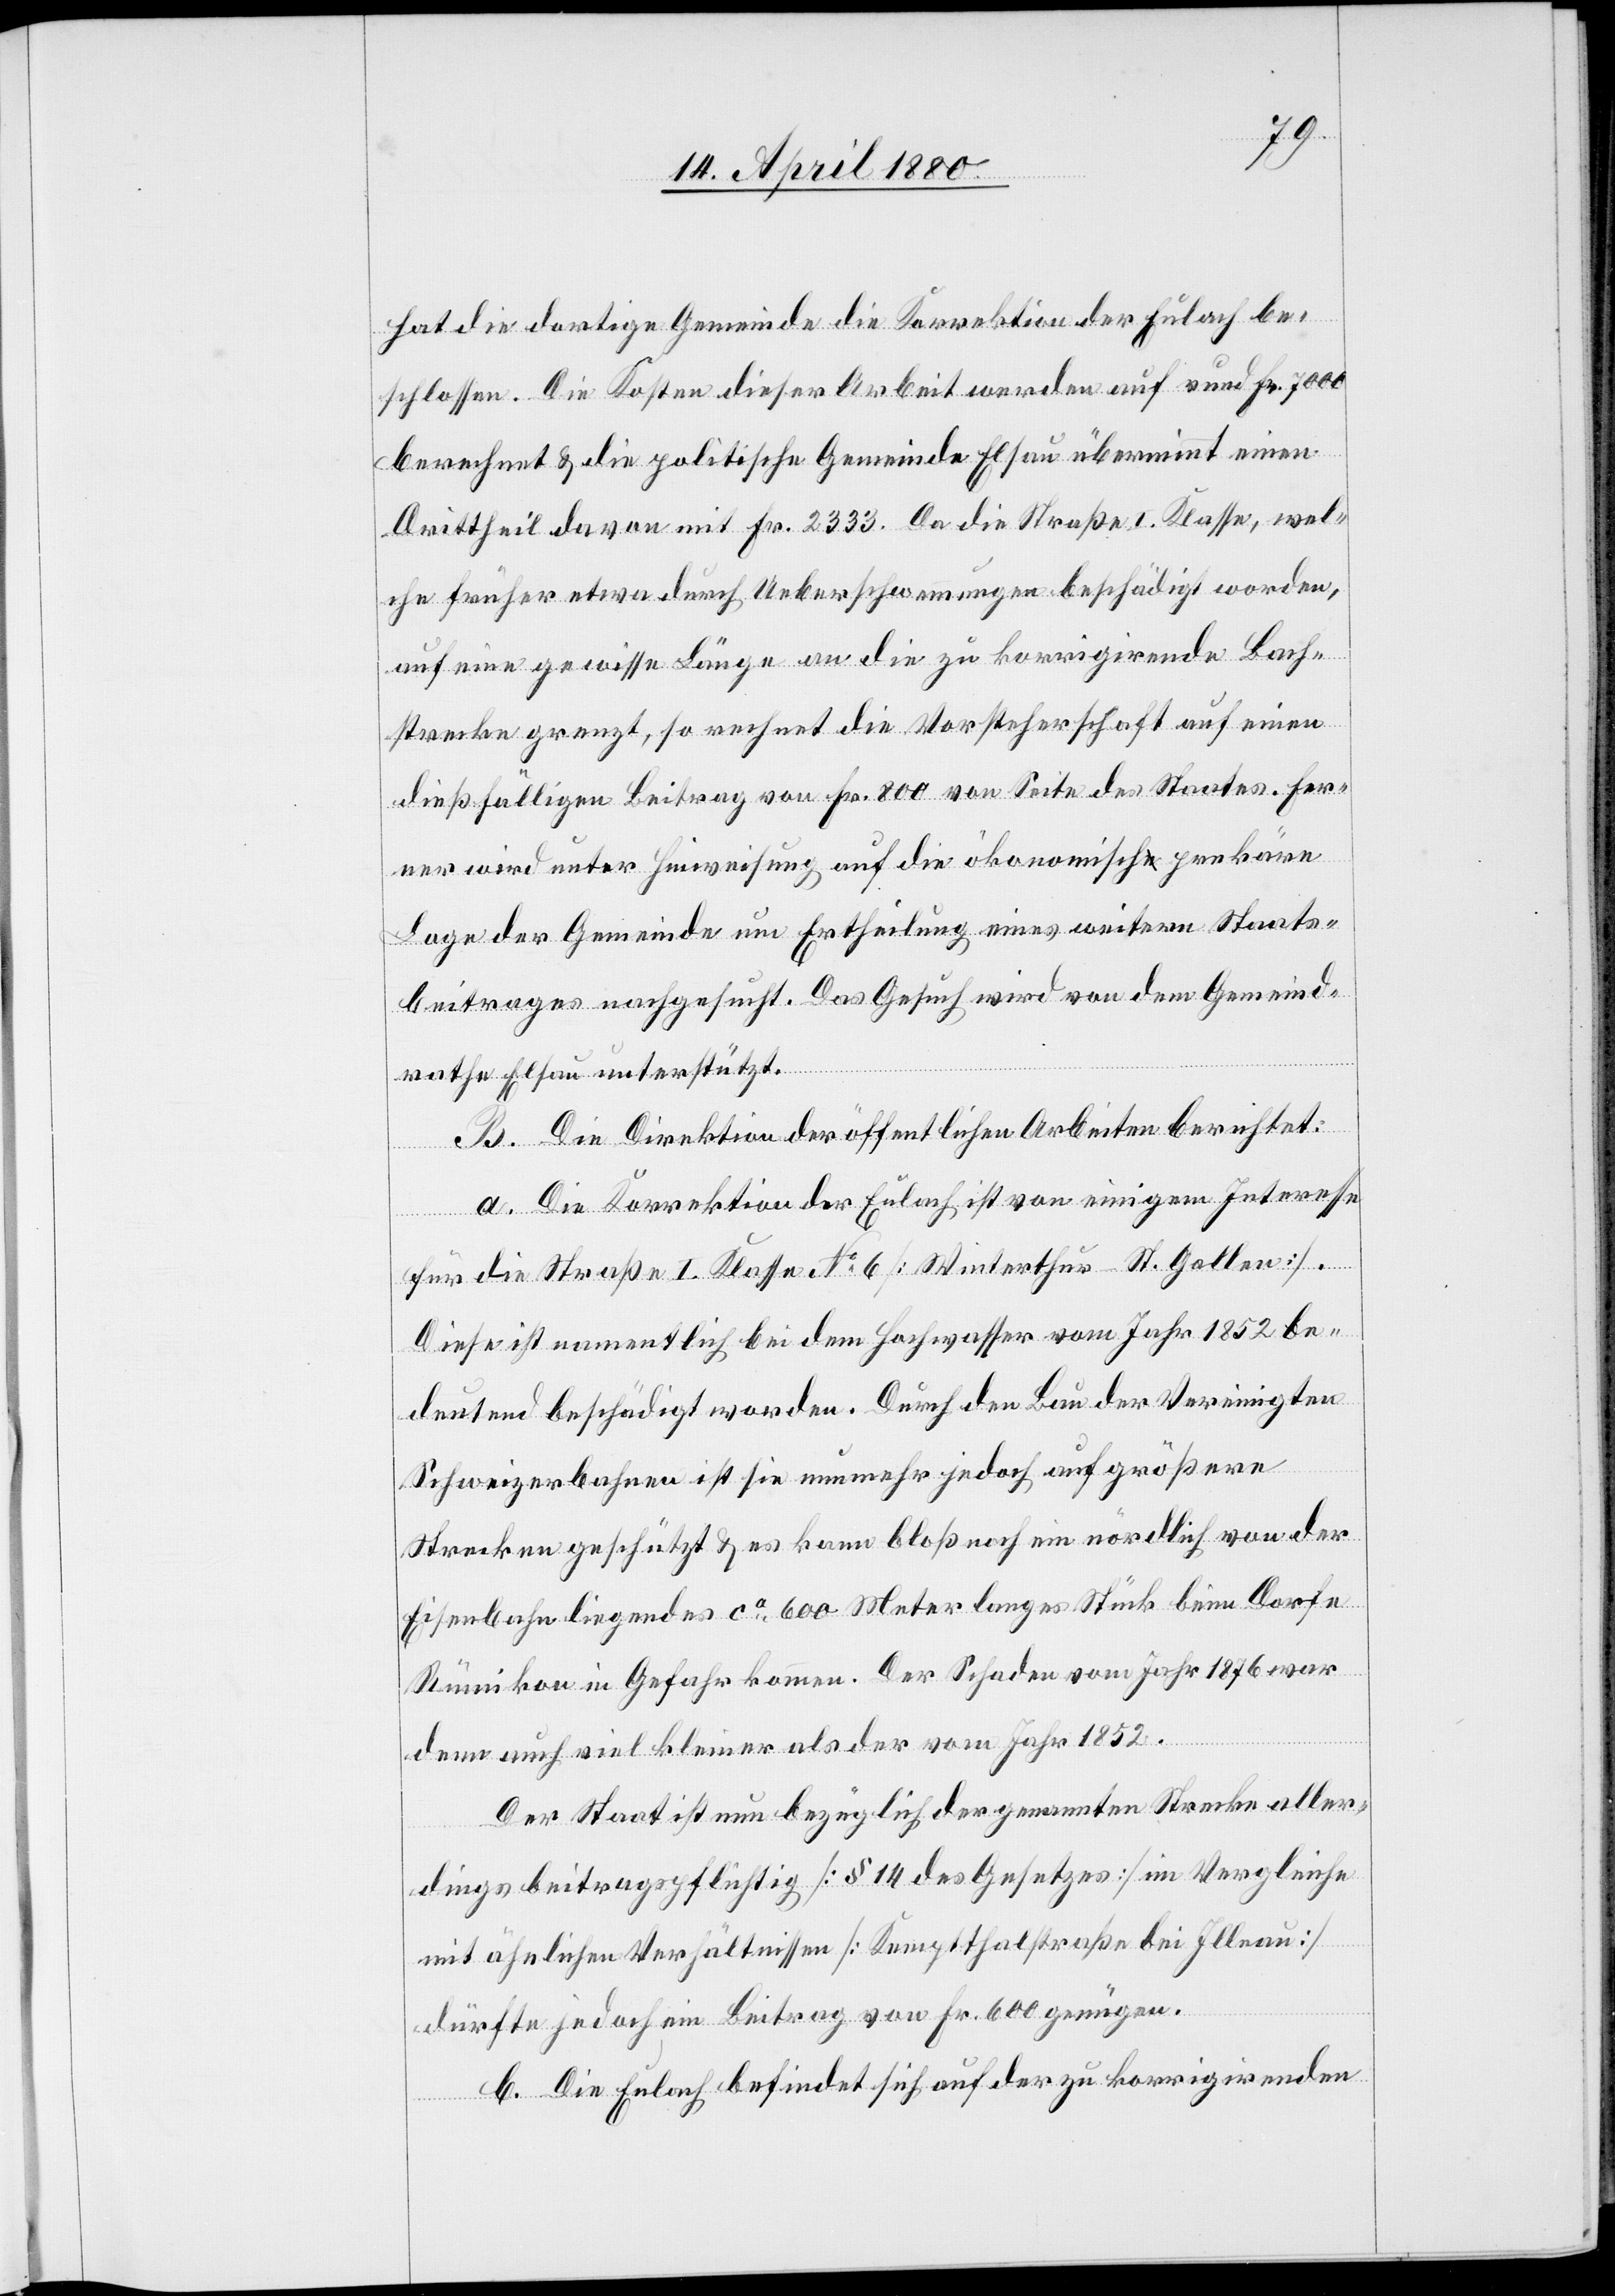
hat die dortige Gemeinde die Korrektion der Eulach be¬
schlossen. Die Kosten dieser Arbeit werden auf rund Fr. 7000
berechnet & die politische Gemeinde Elsau übernimmt einen
Drittheil davon mit Fr. 2333. Da die Straße I. Klasse, wel¬
che früher etwa durch Ueberschwemmungen beschädigt worden,
auf eine gewisse Länge an die zu korrigirende Bach¬
strecke grenzt, so rechnet die Vorsteherschaft auf einen
dießfälligen Beitrag von Fr. 800 von Seite des Staates. Fer¬
ner wird unter Hinweisung auf die ökonomisch prekäre
Lage der Gemeinde um Ertheilung eines weitern Staats¬
beitrages nachgesucht. Das Gesuch wird von dem Gemeind¬
rathe Elsau unterstützt.
B. Die Direktion der öffentlichen Arbeiten berichtet:
gem
für die Straße I. Klasse No 6 [Winterthur–St. Gallen].
Diese ist namentlich bei dem Hochwasser vom Jahr 1852 be¬
deutend beschädigt worden. Durch den Bau der Vereinigten
Schweizerbahnen ist die nunmehr jedoch auf größere
Strecken geschützt & es kann bloß noch ein nördlich von der
Eisenbahn liegendes ca 600 Meter langes Stücke beim Dorfe
Rümikon in Gefahr kommen. Der Schaden im Jahr 1876 war
denn auch viel kleiner als der vom Jahr 1852.
Der Staats ist nun bezüglich der genannten Strecke aller¬
dings beitragspflichtig [§ 14 des Gesetzes] im Vergleiche
mit ähnlichen Verhältnissen [Kemptthalstraße bei Illnau]
dürfte jedoch ein Beitrag von Fr. 600 genügen.
C. Die Eulach befindet sich auf der zu korrigirenden